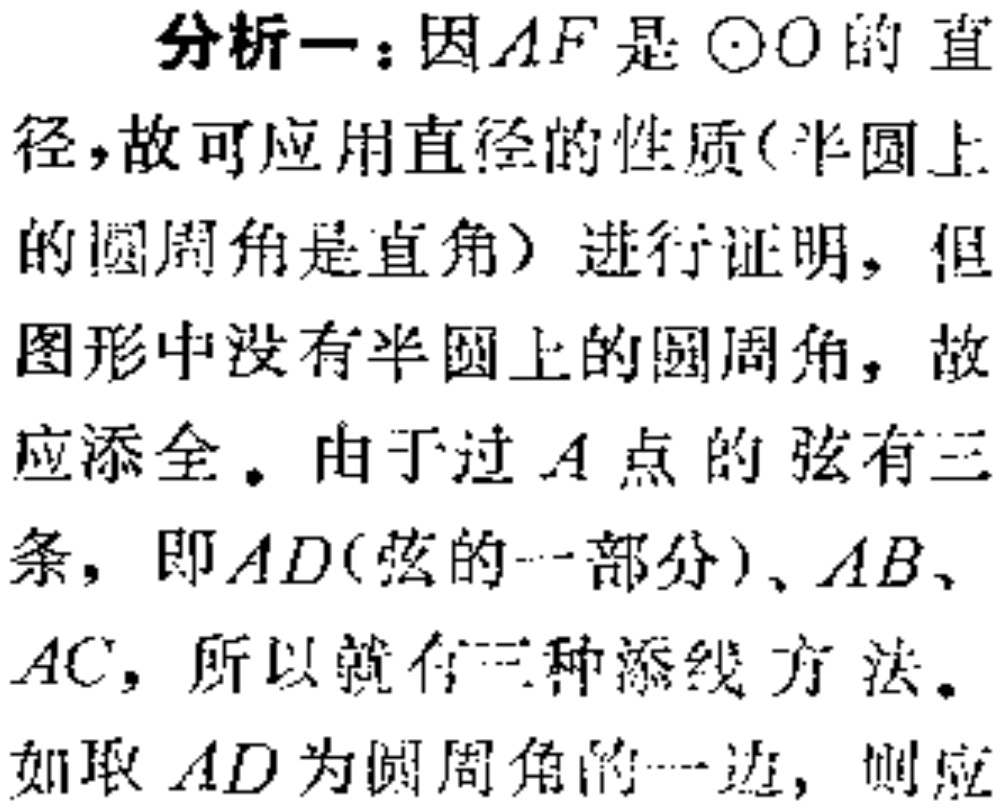
分析一：因\(AF\)是\(\odot O\)的直
径，故可应用直径的性质(半圆上
的圆周角是直角) 进行证明，但
图形中没有半圆上的圆周角，故
应添全。由于过\(A\)点的弦有三
条，即\(AD\)(弦的一部分)、\(AB\)、
\(AC\)，所以就有三种添线方法。
如取\(AD\)为圆周角的一边，则应